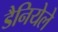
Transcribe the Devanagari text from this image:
डैनियेले